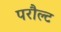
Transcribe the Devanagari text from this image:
परौल्ट